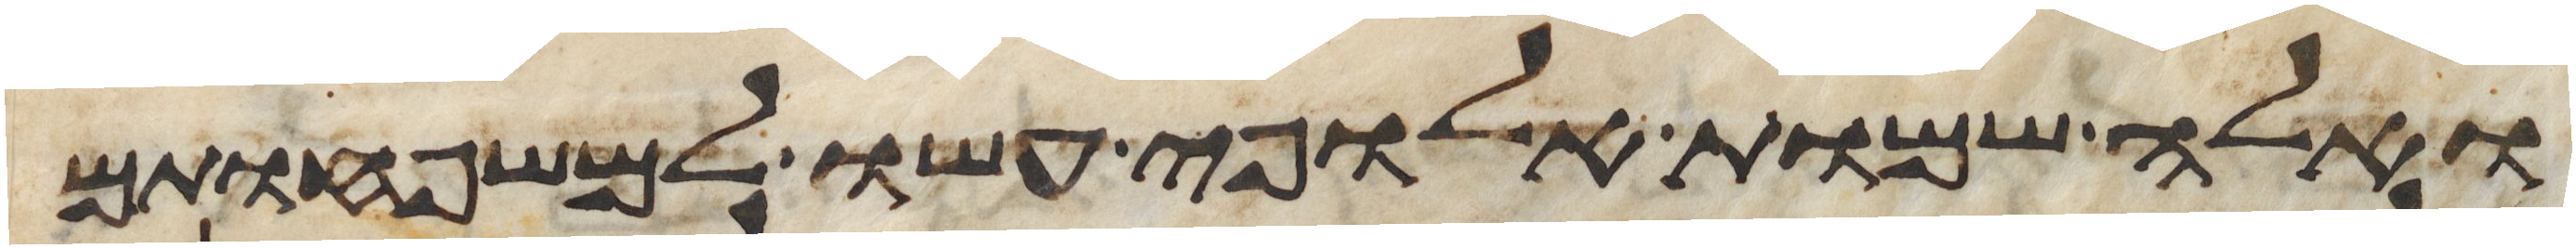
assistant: ואלה שמות אלופי עשו למשפחותם